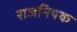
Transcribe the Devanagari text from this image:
राजनियक